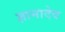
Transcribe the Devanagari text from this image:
ज्ञानादेव